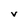
Character: v